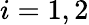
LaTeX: i=1,2